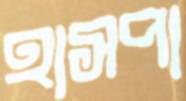
হাসপা